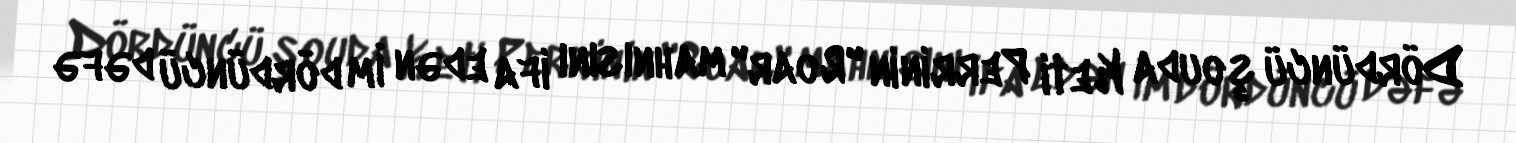
Dördüncü şouda Keti Perrinin "Roar" mahnısını ifa edən İm dördüncü dəfə